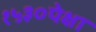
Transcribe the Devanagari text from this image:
१५३०पेक्षा